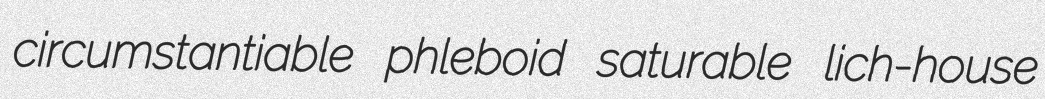
circumstantiable phleboid saturable lich-house